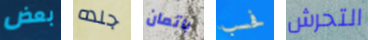
بعض جلده باتمان فحسب التحرش